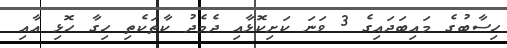
ހިސާބުގެ މައިބަދައިގެ 3 ވަނަ ކަށިކޮޅާއި ދެމެދު ކާތަކެތި ހިގާ ހޮޅި އާއި